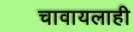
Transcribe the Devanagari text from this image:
चावायलाही